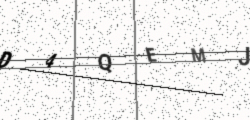
Text: D4QEMJ